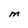
Character: M